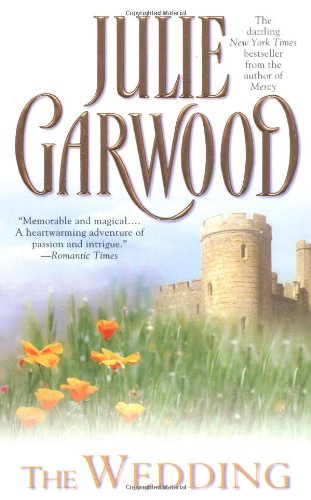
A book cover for The Wedding; Julie Garwood; Romance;